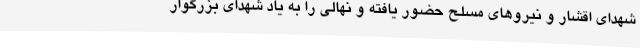
شهدای اقشار و نیروهای مسلح حضور یافته و نهالی را به یاد شهدای بزرگوار